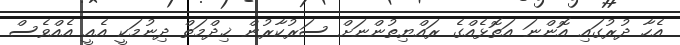
އެހާ ދުރުގައި އޮންނަ އަތޮޅެއްގެ ރައްޔިތުންނަށް ސަރުކާރުން ޚިދްމަތް ދިނުމަކީ އެއީ އެއްވެސް